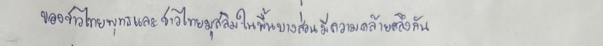
ของชาวไทยพุทธและชาวไทยมุสลิมในพื้นบางส่วนมีความคล้ายคลึงกัน